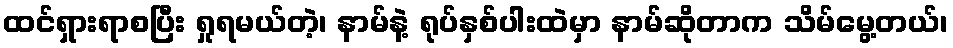
ထင်ရှားရာစပြီး ရှုရမယ်တဲ့၊ နာမ်နဲ့ ရုပ်နှစ်ပါးထဲမှာ နာမ်ဆိုတာက သိမ်မွေ့တယ်၊